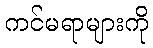
ကင်မရာများကို